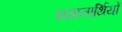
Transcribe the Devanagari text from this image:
समानार्थियों